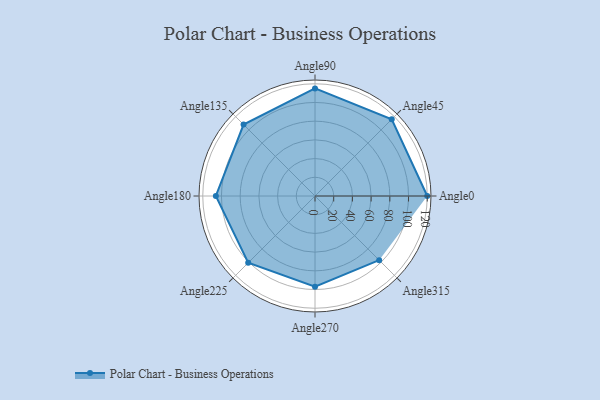
{"axis": {"x": "Angle", "y": "Radius"}, "legend": [""], "data": [{"x": "Angle0", "y": 120.0, "type": ""}, {"x": "Angle45", "y": 116.0, "type": ""}, {"x": "Angle90", "y": 115.0, "type": ""}, {"x": "Angle135", "y": 108.0, "type": ""}, {"x": "Angle180", "y": 106.0, "type": ""}, {"x": "Angle225", "y": 101.0, "type": ""}, {"x": "Angle270", "y": 97.0, "type": ""}, {"x": "Angle315", "y": 97.0, "type": ""}]}